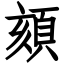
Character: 頦